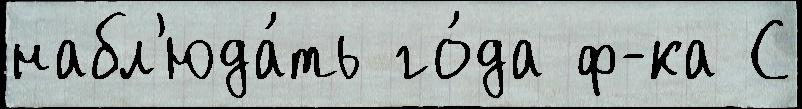
набл'юда́ть го́да ф-ка С